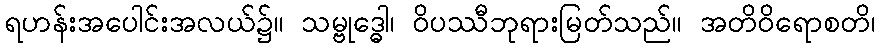
ရဟန်းအပေါင်းအလယ်၌။ သမ္ဗုဒ္ဓေါ၊ ဝိပဿီဘုရားမြတ်သည်။ အတိဝိရောစတိ၊